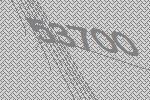
53700